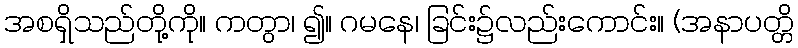
အစရှိသည်တို့ကို။ ကတွာ၊ ၍။ ဂမနေ၊ ခြင်း၌လည်းကောင်း။ (အနာပတ္တိ